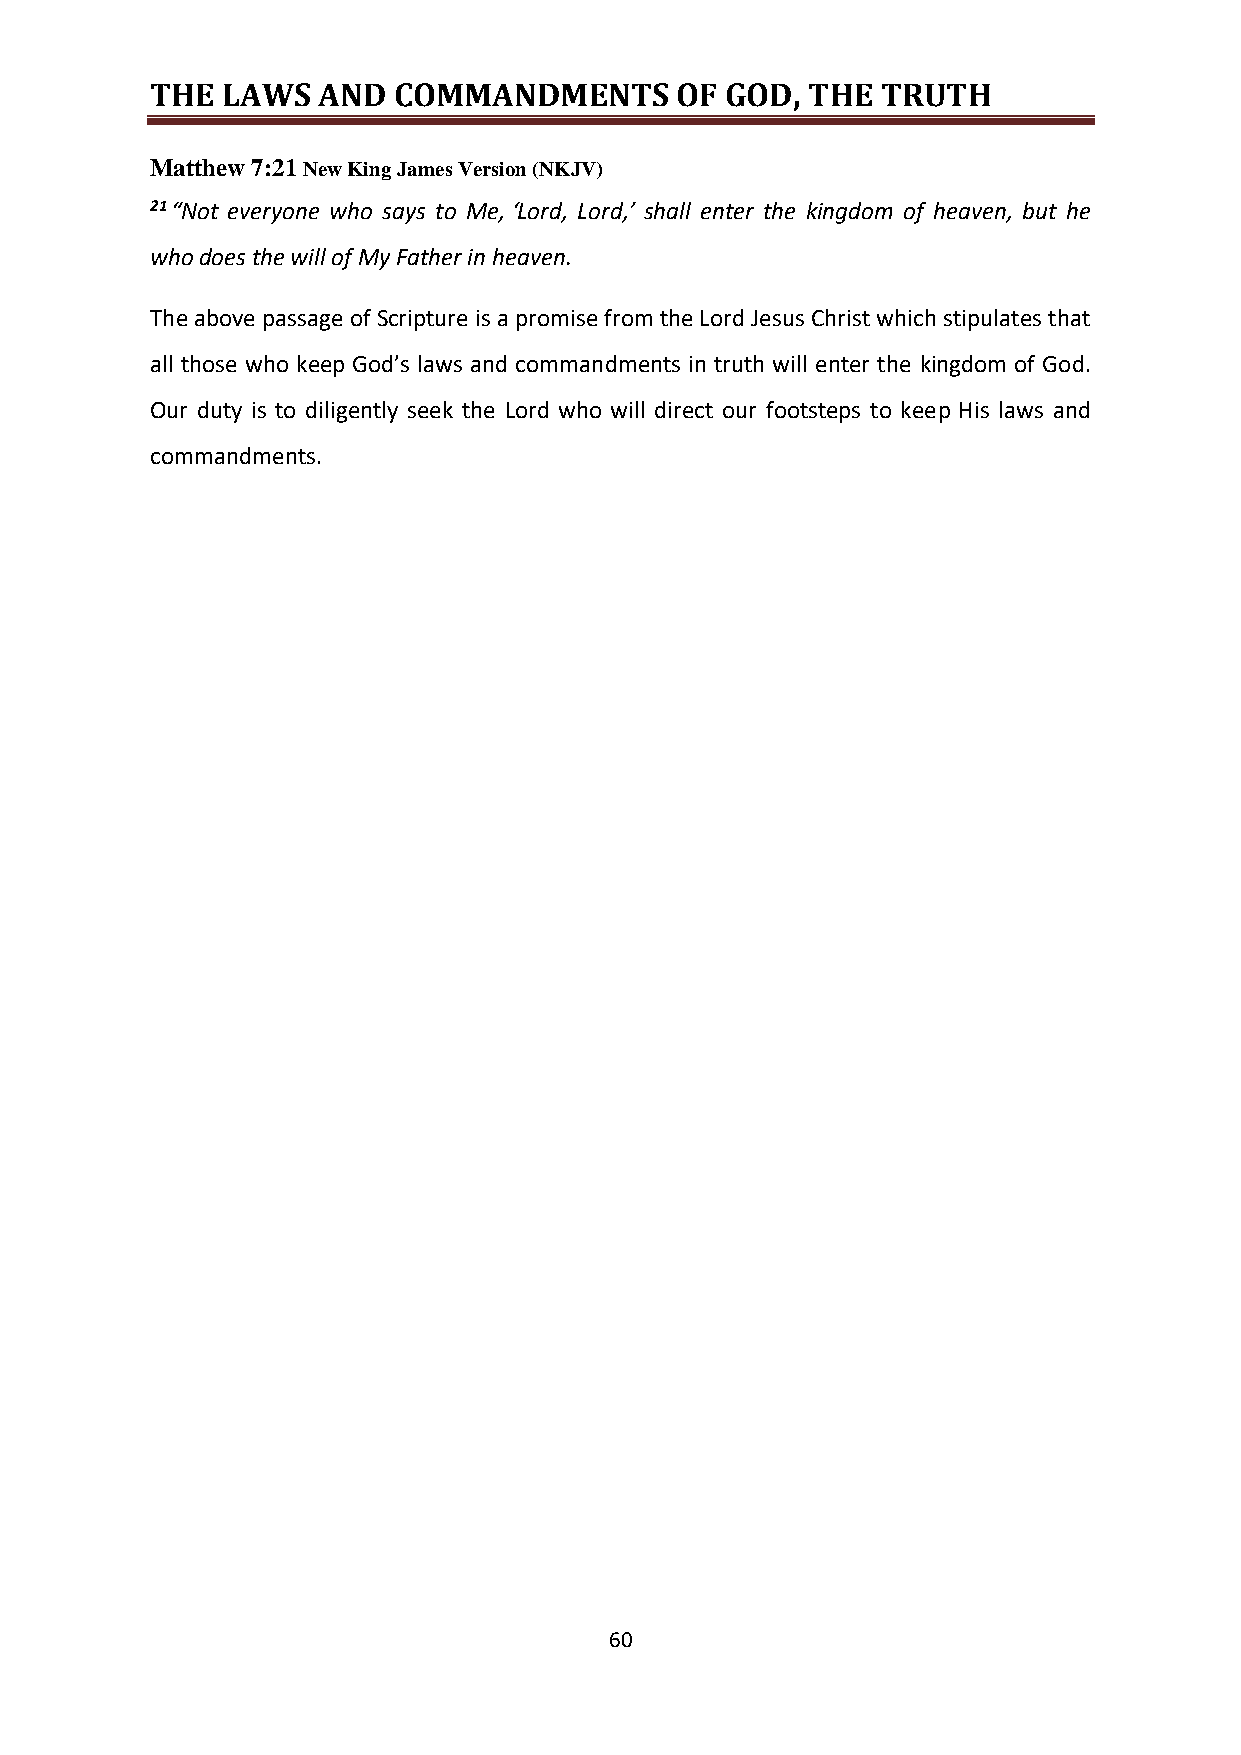
THE  LAWS  AND  COMMANDMENTS       OF GOD, THE  TRUTH
 Matthew 7:21 New King James Version (NKJV)
 21 “Not everyone who says to Me, ‘Lord, Lord,’ shall enter the kingdom of heaven, but he
 who does the will of My Father in heaven.
 The above passage of Scripture is a promise from the Lord Jesus Christ which stipulates that
 all those who keep God’s laws and commandments in truth will enter the kingdom of God.
 Our duty is to diligently seek the Lord who will direct our footsteps to keep His laws and
 commandments.
 60